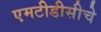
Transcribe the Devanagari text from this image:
एमटीडीसीचे